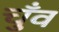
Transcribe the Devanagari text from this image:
चुँव